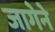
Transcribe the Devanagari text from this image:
जागेने